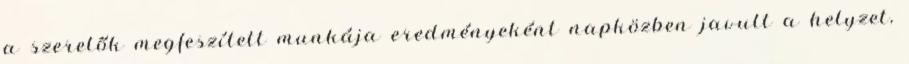
a szerelők megfeszített munkája eredményeként napközben javult a helyzet,